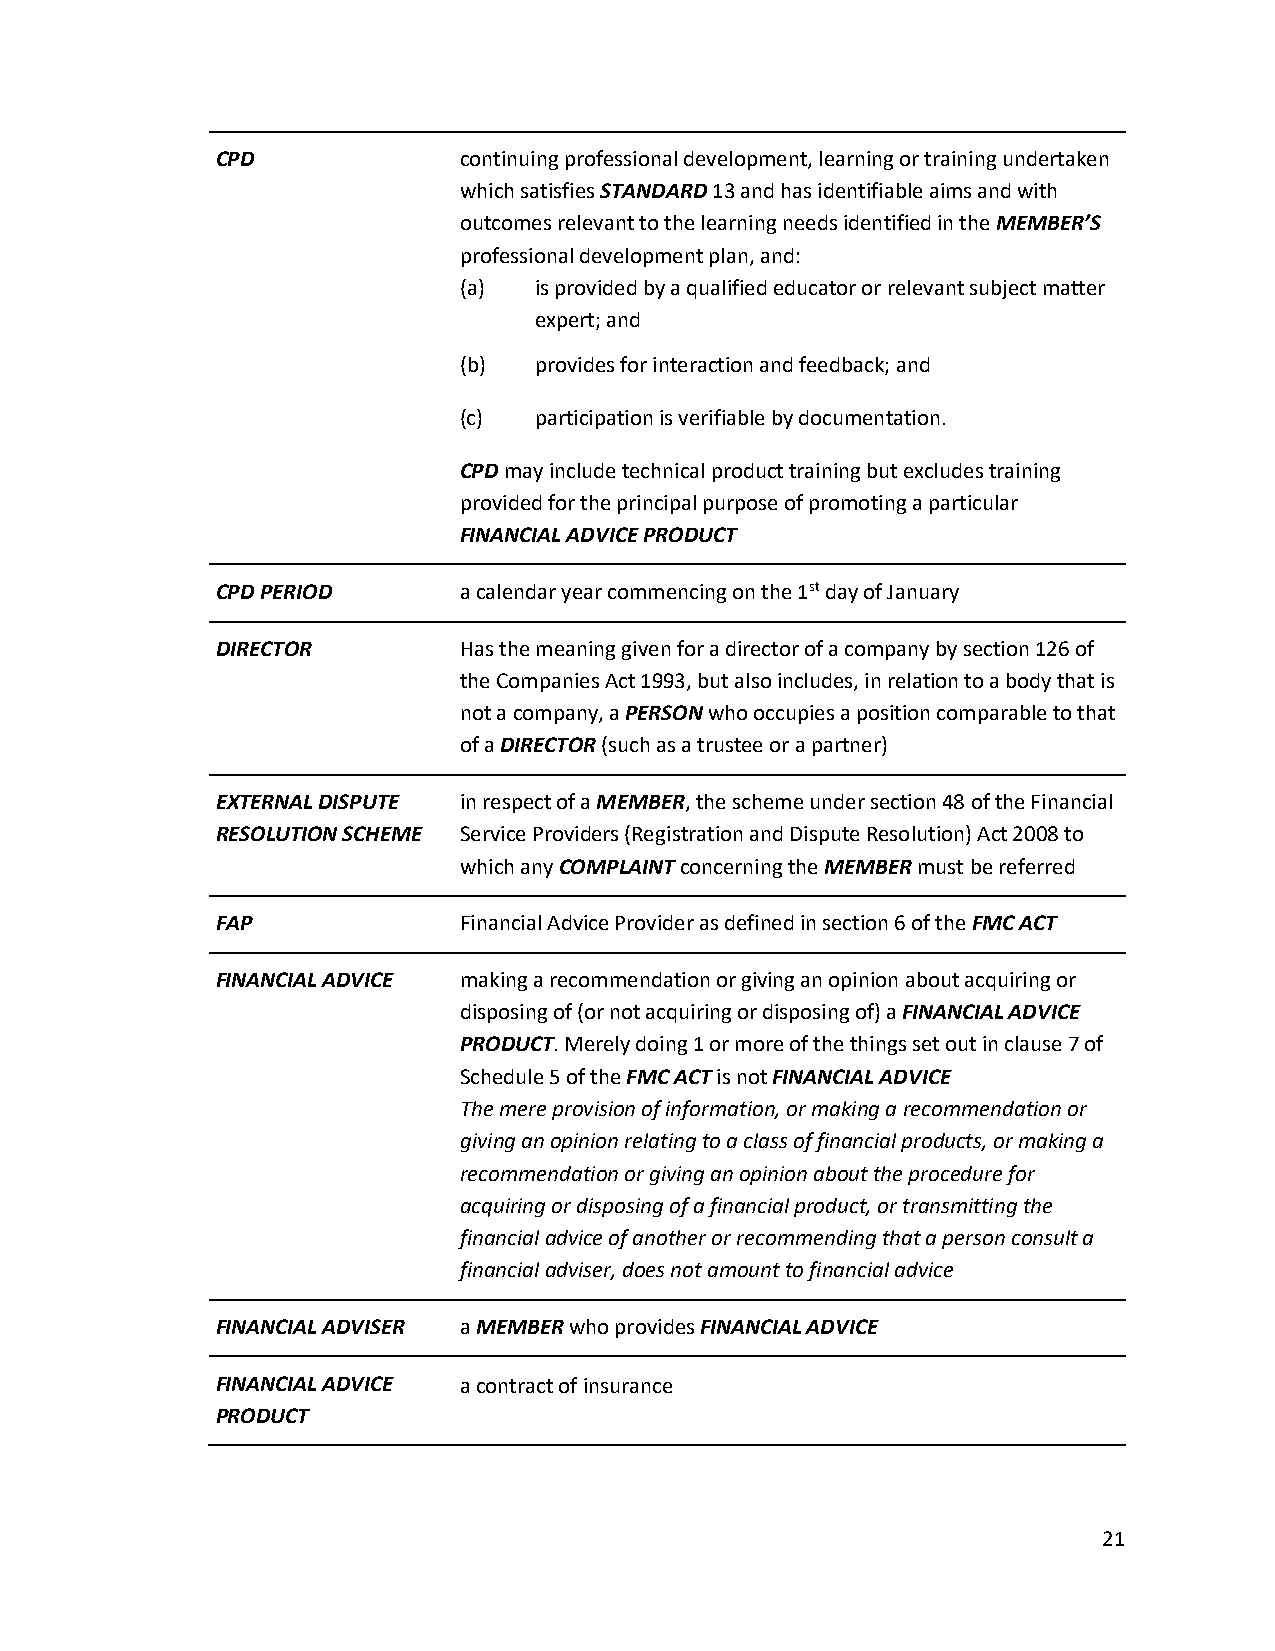
CPD             continuing professional development, learning or training undertaken
 which satisfies STANDARD 13 and has identifiable aims and with
 outcomes relevant to the learning needs identified in the MEMBER’S
 professional development plan, and:
 (a)  is provided by a qualified educator or relevant subject matter
 expert; and
 (b)  provides for interaction and feedback; and
 (c)  participation is verifiable by documentation.
 CPD may include technical product training but excludes training
 provided for the principal purpose of promoting a particular
 FINANCIAL ADVICE PRODUCT
 CPD PERIOD      a calendar year commencing on the 1st day of January
 DIRECTOR        Has the meaning given for a director of a company by section 126 of
 the Companies Act 1993, but also includes, in relation to a body that is
 not a company, a PERSON who occupies a position comparable to that
 of a DIRECTOR (such as a trustee or a partner)
 EXTERNAL DISPUTE in respect of a MEMBER, the scheme under section 48 of the Financial
 RESOLUTION SCHEME Service Providers (Registration and Dispute Resolution) Act 2008 to
 which any COMPLAINT concerning the MEMBER must be referred
 FAP             Financial Advice Provider as defined in section 6 of the FMC ACT
 FINANCIAL ADVICE making a recommendation or giving an opinion about acquiring or
 disposing of (or not acquiring or disposing of) a FINANCIAL ADVICE
 PRODUCT. Merely doing 1 or more of the things set out in clause 7 of
 Schedule 5 of the FMC ACT is not FINANCIAL ADVICE
 The mere provision of information, or making a recommendation or
 giving an opinion relating to a class of financial products, or making a
 recommendation or giving an opinion about the procedure for
 acquiring or disposing of a financial product, or transmitting the
 financial advice of another or recommending that a person consult a
 financial adviser, does not amount to financial advice
 FINANCIAL ADVISER a MEMBER who provides FINANCIAL ADVICE
 FINANCIAL ADVICE a contract of insurance
 PRODUCT
 21